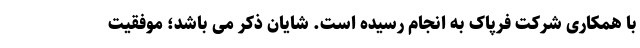
با همکاری شرکت فرپاک به انجام رسیده است. شایان ذکر می باشد؛ موفقیت